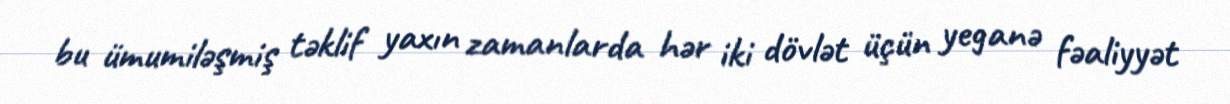
bu ümumiləşmiş təklif yaxın zamanlarda hər iki dövlət üçün yeganə fəaliyyət